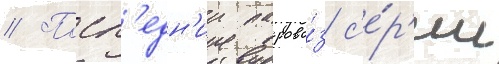
// Посл'едн'ии парово́з с'е́р'ии